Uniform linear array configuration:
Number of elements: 48
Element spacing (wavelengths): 0.25
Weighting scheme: binomial
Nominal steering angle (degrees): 60
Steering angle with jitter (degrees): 61.636
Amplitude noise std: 0.05
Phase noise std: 0.05

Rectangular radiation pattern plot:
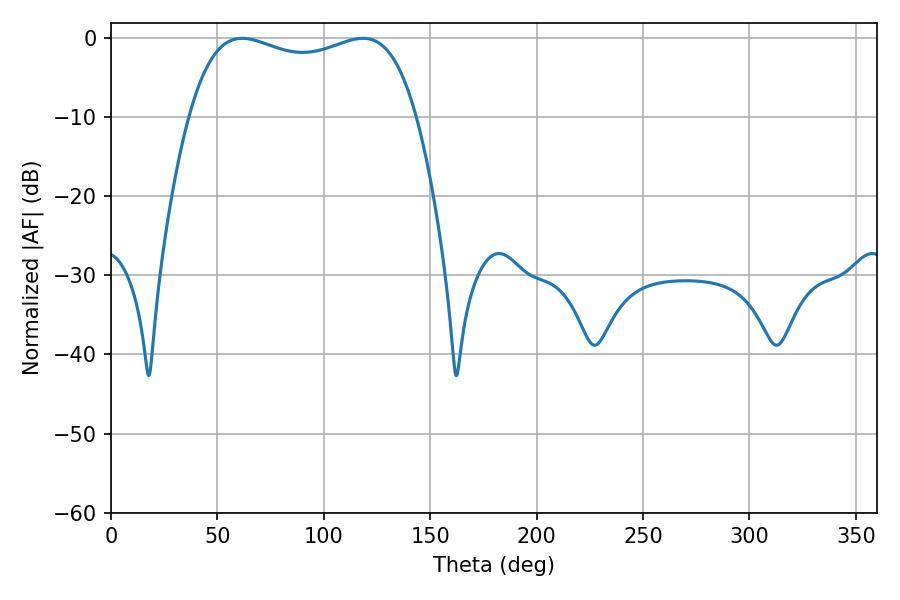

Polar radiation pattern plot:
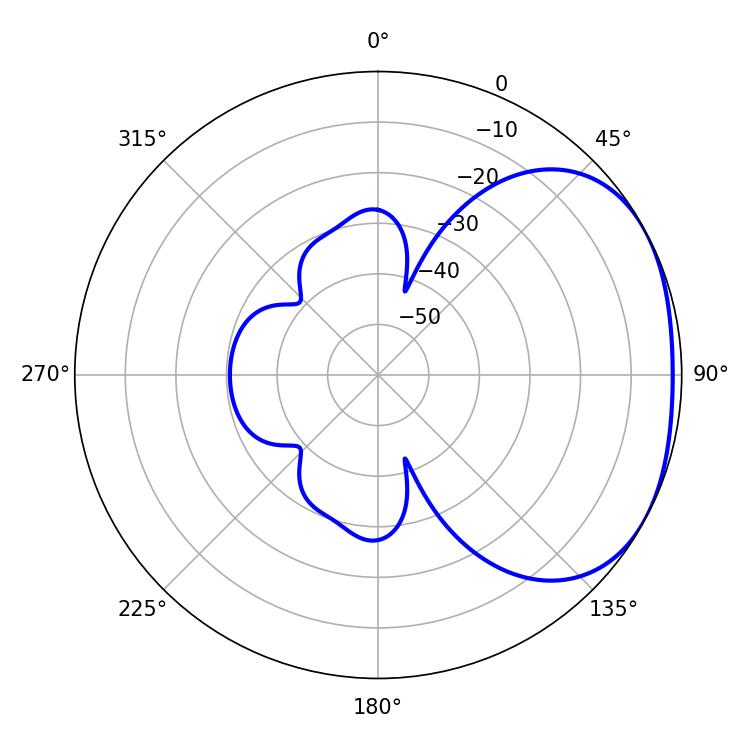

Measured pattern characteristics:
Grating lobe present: FALSE
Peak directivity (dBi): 2.23
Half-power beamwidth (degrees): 87.12
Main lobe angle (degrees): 61.56